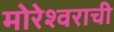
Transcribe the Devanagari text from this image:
मोरेश्वराची